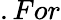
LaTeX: .For